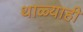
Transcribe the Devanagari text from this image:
थाळ्याही